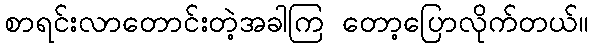
စာရင်းလာတောင်းတဲ့အခါကြ တော့ပြောလိုက်တယ်။